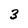
Character: 3